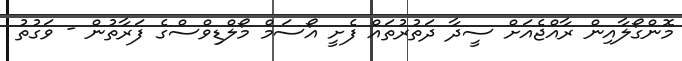
މޮންގޯލާއިން ރާއްޖެއަށް ސީދާ ދަތުރުތައް ފެށީ އޯސަމް މޯލްޑިވްސްގެ ފަރާތުން - ވަގުތު